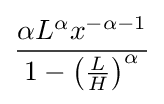
{\frac {\alpha L^{\alpha }x^{-\alpha -1}}{1-\left({\frac {L}{H}}\right)^{\alpha }}}